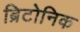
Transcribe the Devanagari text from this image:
ब्रिटोनिक